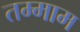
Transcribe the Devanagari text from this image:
तम्माम